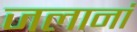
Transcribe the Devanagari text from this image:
जलानां